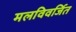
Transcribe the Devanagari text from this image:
मलविवर्जित